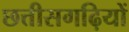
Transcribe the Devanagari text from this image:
छत्तीसगढ़ियों